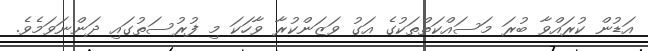
އަޑުން ކުރައްވާ ބުރަ މަސައްކަތްތަކުގެ އަގު ވަޒަންކުރާ ވާހަކަ މި ފުރުސަތުގައި ދަންނަވަމެވެ.